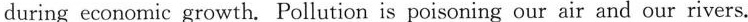
during economic growth. Poilution is poisoning our air and our rivers.